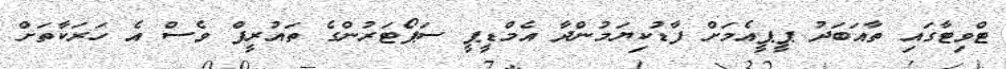
ޓްވިޓާގައި ތާއަބަދު ޕީޕީއެމަށް ފާޑުކިޔަމުންދާ އެމްޑީޕީ ސަޕޯޓަރުންގެ ތައުރީފް ވެސް އެ ހަރަކާތަށް